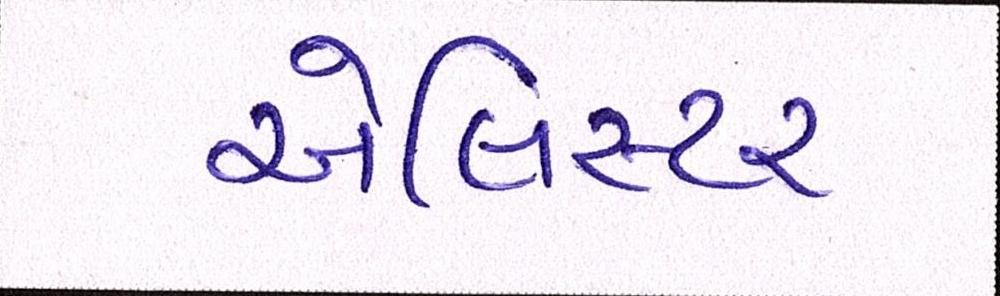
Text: એલિસ્ટર